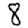
Digit: 8